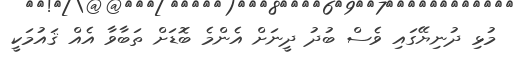
މުޅި ދުނިޔޭގައި ވެސް ބުދު ދީނަށް އެންމެ ބޮޑަށް ތަބާވާ އެއް ޤައުމަކީ